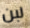
لبن